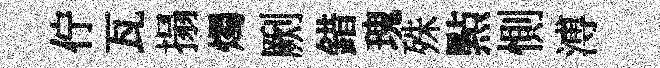
佇瓦搨燭劂錯瑰殊㸃惻溥